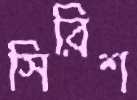
সিরিশ